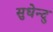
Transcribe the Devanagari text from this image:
सुधेन्दु